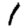
Digit: 1